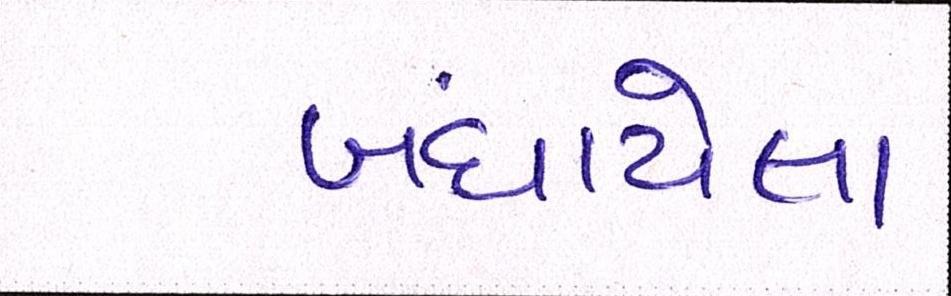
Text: બંધાયેલા